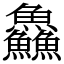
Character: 鱻